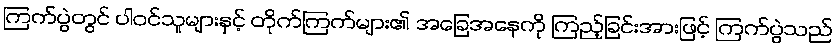
ကြက်ပွဲတွင် ပါဝင်သူများနှင့် တိုက်ကြက်များ၏ အခြေအနေကို ကြည့်ခြင်းအားဖြင့် ကြက်ပွဲသည်